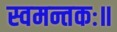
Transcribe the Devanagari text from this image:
स्वमन्तकः॥